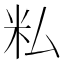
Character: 𬖎